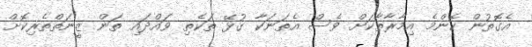
އެގޮތުން ކޮންމެ އިމާރާތާކަށް ވެސް އެތަނަކާ ގުޅޭ ތަކެތި ވައްދައި ތަން ޒީނަތްތެރިކޮށް